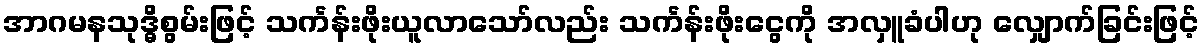
အာဂမနသုဒ္ဓိစွမ်းဖြင့် သင်္ကန်းဖိုးယူလာသော်လည်း သင်္ကန်းဖိုးငွေကို အလှူခံပါဟု လျှောက်ခြင်းဖြင့်